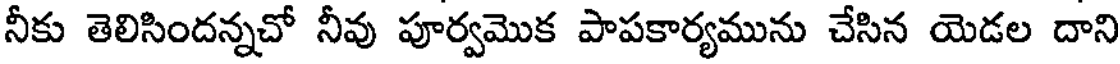
నీకు తెలిసిందన్నచో నీవు పూర్వమొక పాపకార్యమును చేసిన యెడల దాని